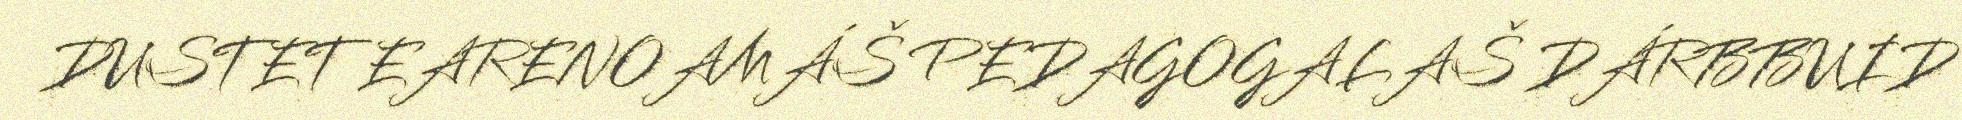
DUSTET EARENOAMÁŠ PEDAGOGALAŠ DÁRBBUID